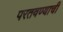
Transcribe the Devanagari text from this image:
परतवण्याची